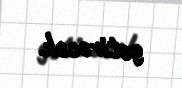
gətirəcək.